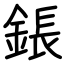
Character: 鋹